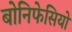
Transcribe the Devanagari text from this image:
बोनिफेसियो